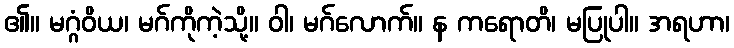
၏။ မဂ္ဂံဝိယ၊ မဂ်ကိုကဲ့သို့။ ဝါ၊ မဂ်လောက်။ န ကရောတိ၊ မပြုပါ။ အရဟာ၊